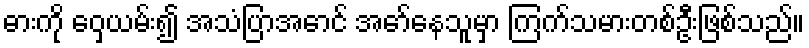
ဓားကို ဝှေ့ယမ်း၍ အသံပြာအောင် အော်နေသူမှာ ကြက်သမားတစ်ဦးဖြစ်သည်။